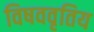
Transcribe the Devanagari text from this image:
विषववृतिय